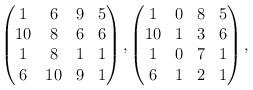
LaTeX: \begin{align*}\begin{pmatrix}1&6&9&5\\10&8&6&6\\1&8&1&1\\6&10&9&1\end{pmatrix}, \begin{pmatrix}1&0&8&5\\10&1&3&6\\1&0&7&1\\6&1&2&1\end{pmatrix},\end{align*}